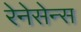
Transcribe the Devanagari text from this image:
रेनेसेन्स